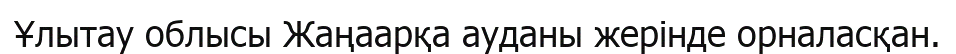
Ұлытау облысы Жаңаарқа ауданы жерінде орналасқан.